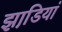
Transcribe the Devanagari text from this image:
झाडि़यां